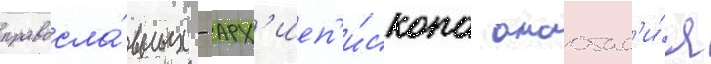
правосла́вных - арх'иеп'и́скопа анастас'и́я